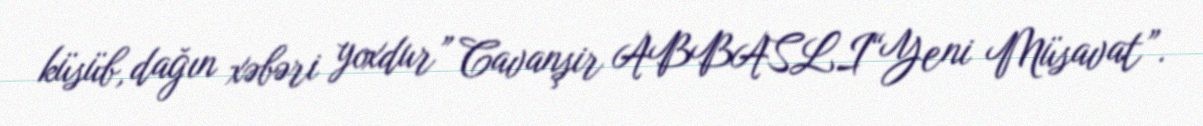
küsüb, dağın xəbəri yoxdur” Cavanşir ABBASLI“Yeni Müsavat”.